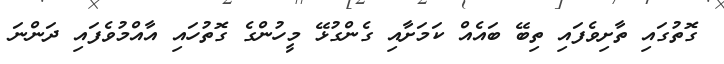
ގޮތުގައި ތާށިވެފައި ތިބޭ ބައެއް ކަމަށާއި ގެންގުޅޭ މީހުންގެ ގޮތުހައި އާއްމުވެފައި ދަންނަ